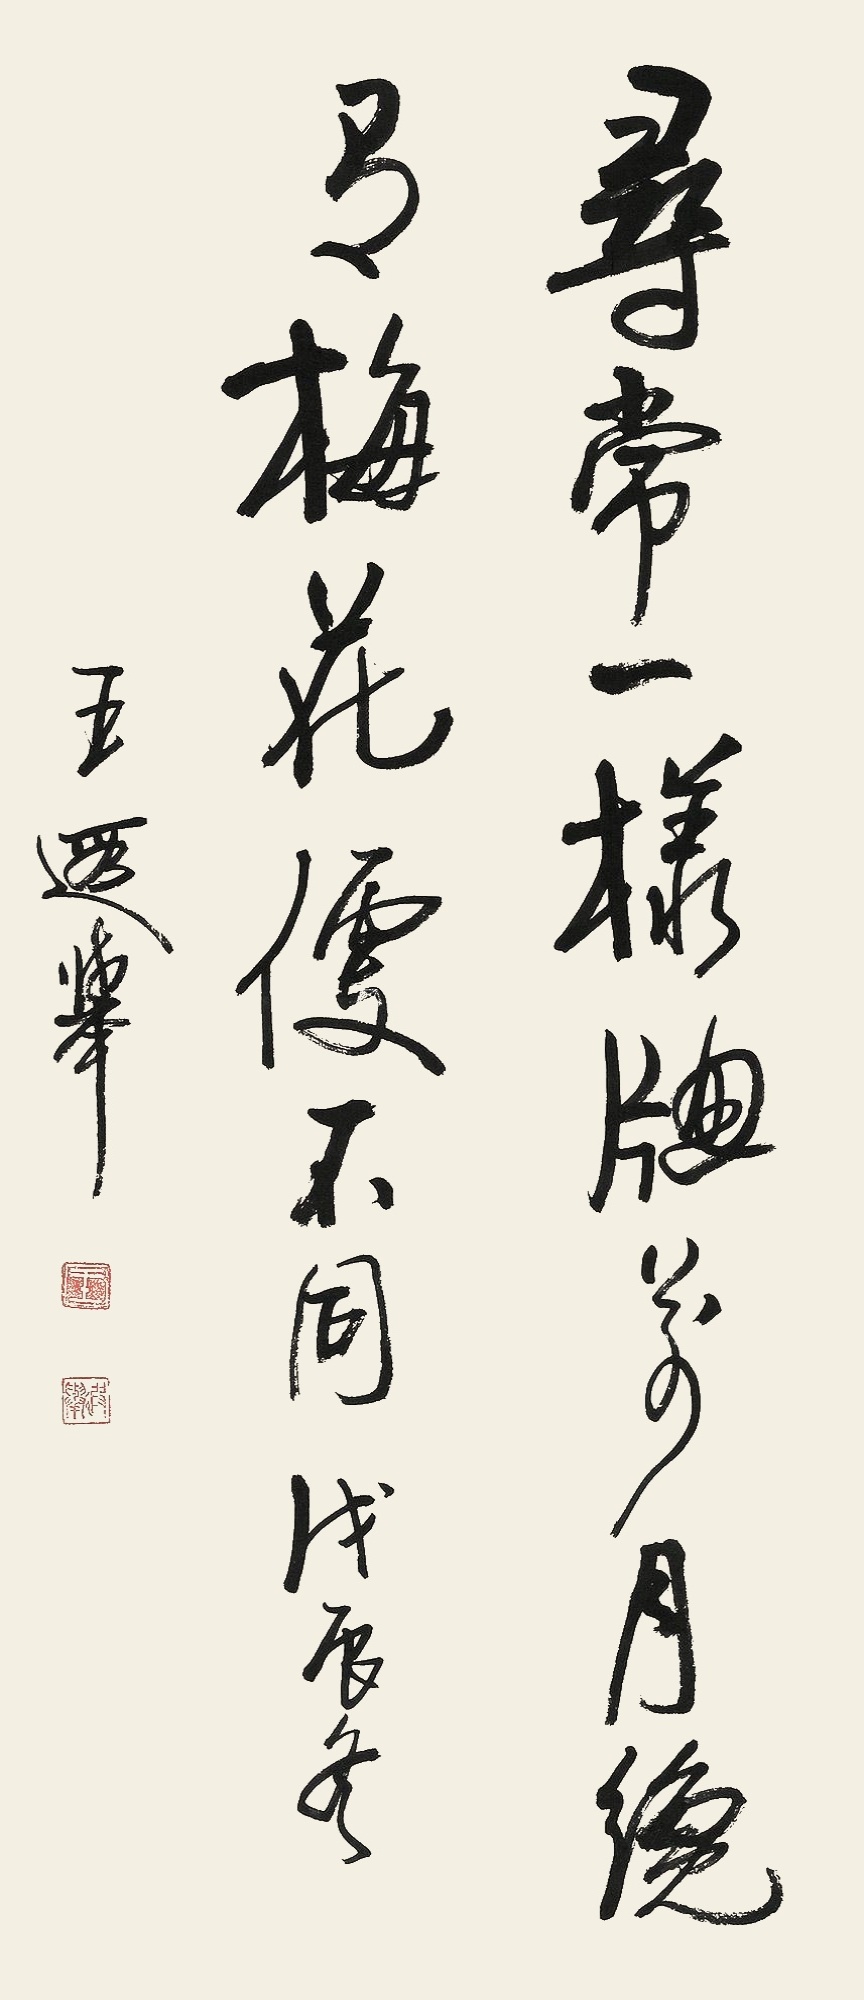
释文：寻常一样窗前月，绕有梅花便不同。戊辰冬，王遐举。